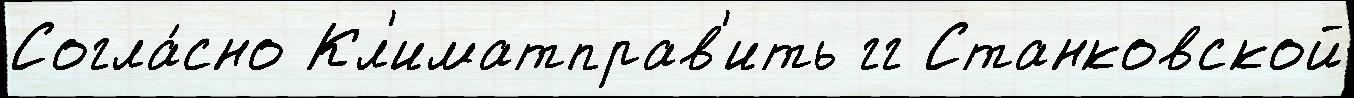
Согла́сно Кл'иматправ'ить гг Станковской